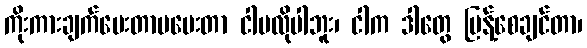
ကိုးကားချက်ပေးတာမပေးတာ ငါမလိုပါဘူး၊ ငါက ဒါတွေ ပြန့်စေချင်တာ၊